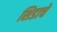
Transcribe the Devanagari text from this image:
शिडाचे